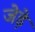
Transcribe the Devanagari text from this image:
जेड़े